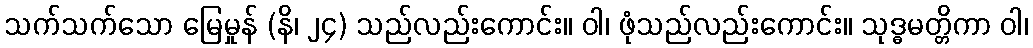
သက်သက်သော မြေမှုန် (နိ၊ ၂၄) သည်လည်းကောင်း။ ဝါ၊ ဖုံသည်လည်းကောင်း။ သုဒ္ဓမတ္တိကာ ဝါ၊